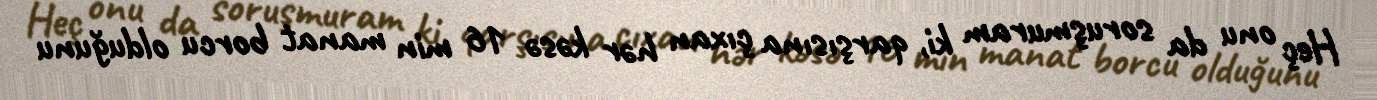
Heç onu da soruşmuram ki, qarşısına çıxan hər kəsə 16 min manat borcu olduğunu